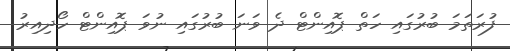
ފުރަތަމަ ބުރުގައި ހަތް ޕޮއިންޓް ދެ ވަނަ ބުރުގައި ނުވަ ޕޮއިންޓް ހޯދިއިރު